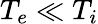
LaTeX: T_{e}\ll T_{i}